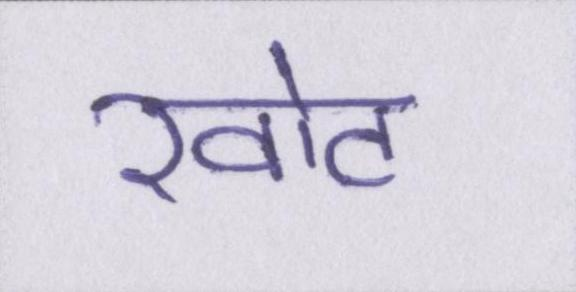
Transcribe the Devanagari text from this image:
खोट